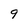
Character: 9